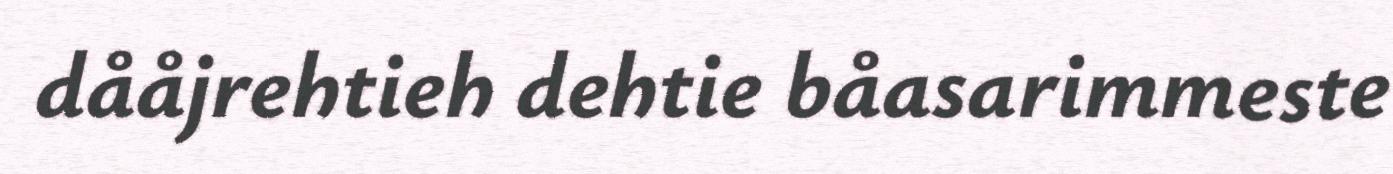
dååjrehtieh dehtie båasarimmeste